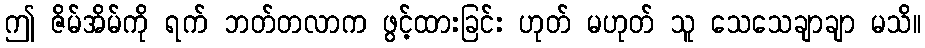
ဤ ဇိမ်အိမ်ကို ရက် ဘတ်တလာက ဖွင့်ထားခြင်း ဟုတ် မဟုတ် သူ သေသေချာချာ မသိ။